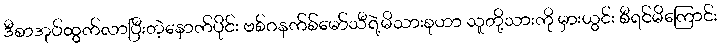
ဒီစာအုပ်ထွက်လာပြီးတဲ့နောက်ပိုင်း ဗစ်ဂနက်စ်မော်သီရဲ့မိသားစုဟာ သူတို့သားကို မှားယွင်း စီရင်မိကြောင်း